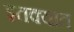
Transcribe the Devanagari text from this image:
इतक्‍यात